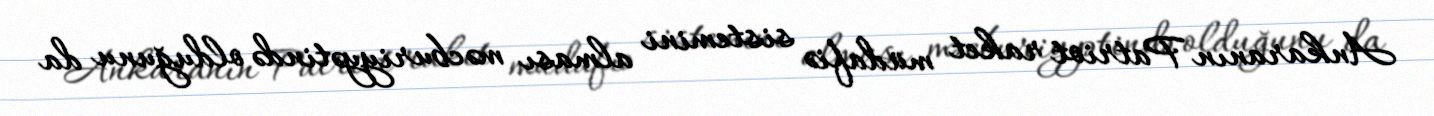
Ankaranın Patriot raket müdafiə sistemini alması məcburiyyətində olduğunu da